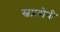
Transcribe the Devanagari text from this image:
स्वप्नबोधी